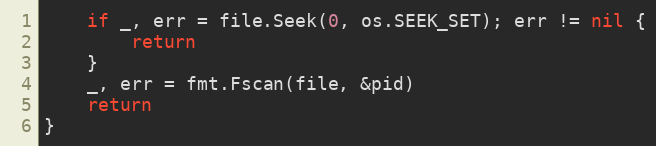
Language: Go
	if _, err = file.Seek(0, os.SEEK_SET); err != nil {
		return
	}
	_, err = fmt.Fscan(file, &pid)
	return
}